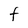
Character: f